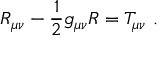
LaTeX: R _ { \mu \nu } - { \frac { 1 } { 2 } } g _ { \mu \nu } R = T _ { \mu \nu } \ .